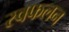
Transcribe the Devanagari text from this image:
स्वफलन